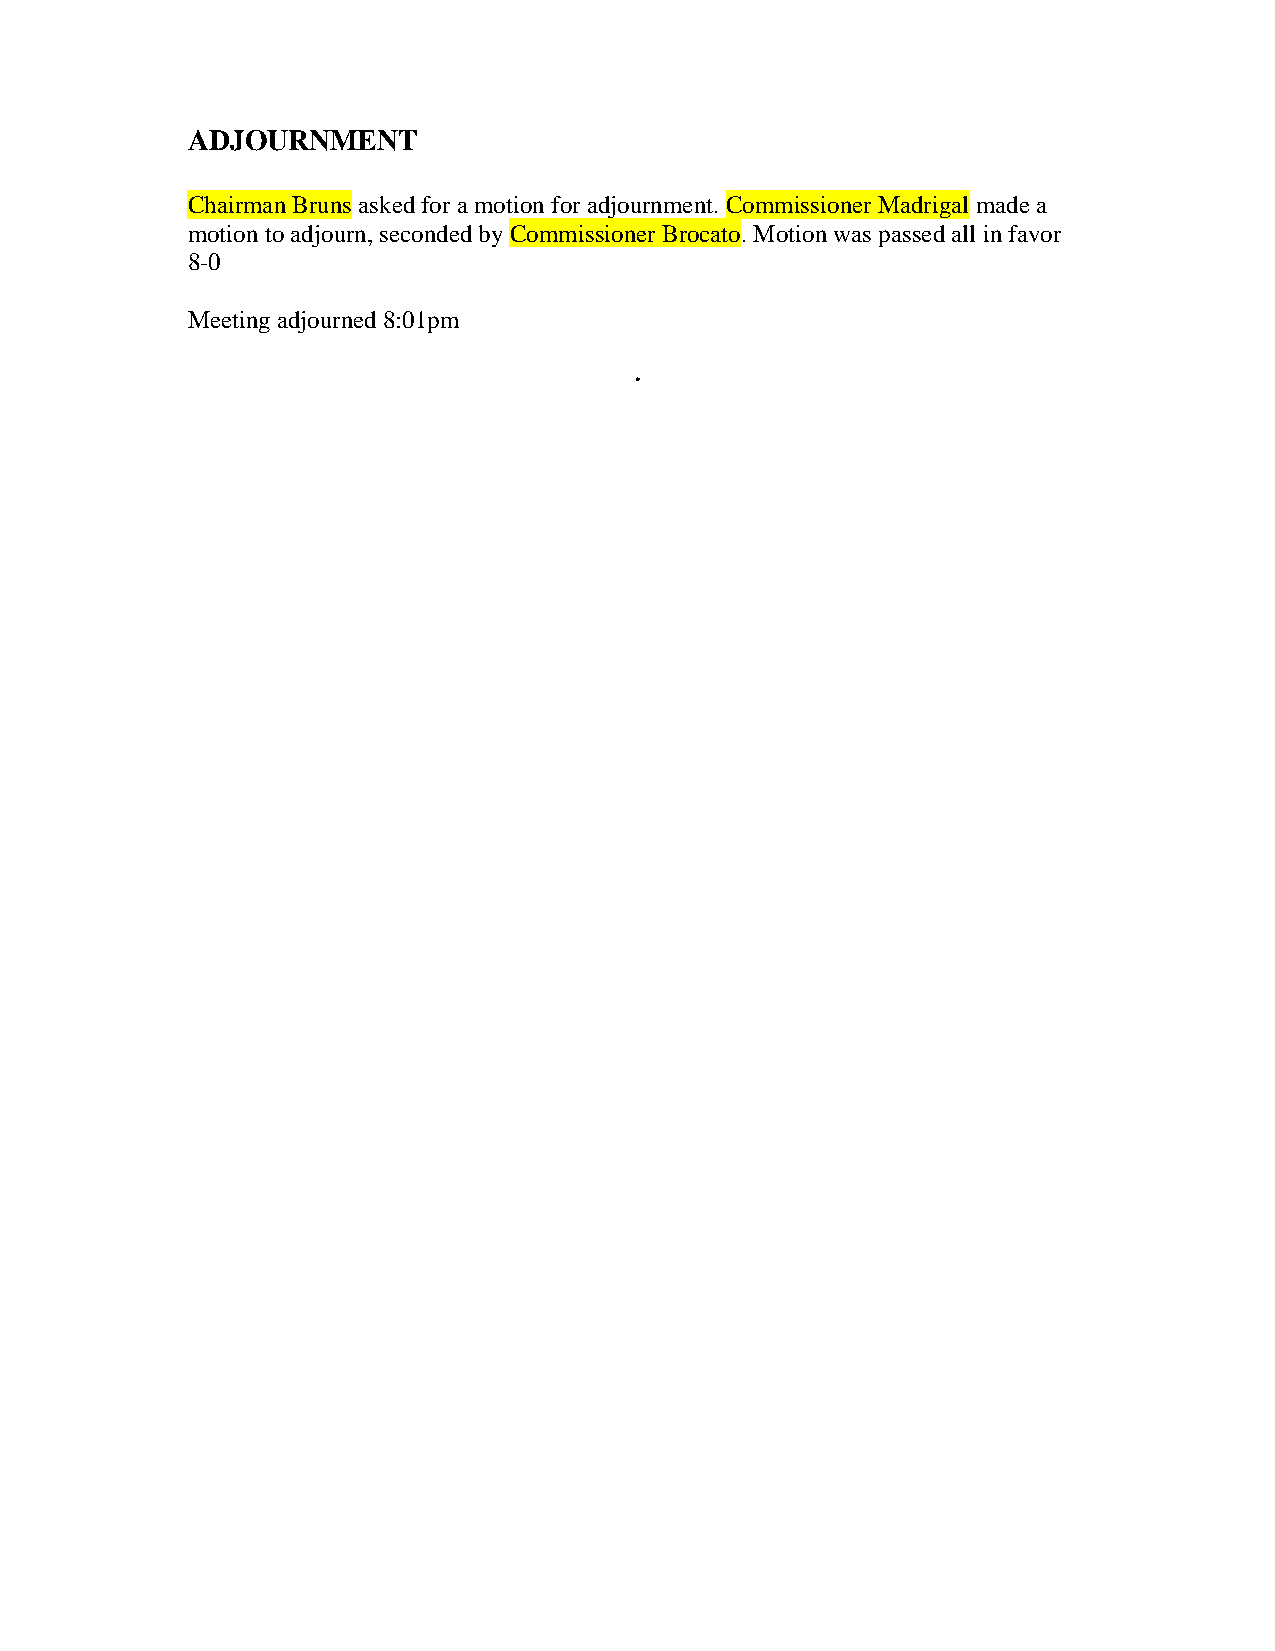
ADJOURNMENT
 Chairman Bruns asked for a motion for adjournment. Commissioner Madrigal made a
 motion to adjourn, seconded by Commissioner Brocato. Motion was passed all in favor
 8-0
 Meeting adjourned 8:01pm
 .